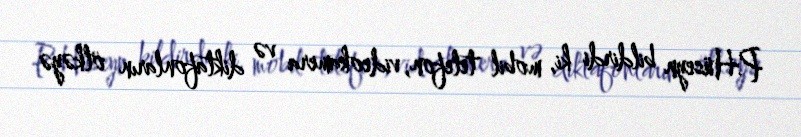
P.Hüseyn bildirdi ki, mobil telefon, videokamera və diktafonların ölkəyə